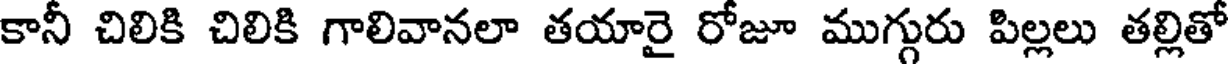
కానీ చిలికి చిలికి గాలివానలా తయారై రోజూ ముగ్గురు పిల్లలు తల్లితో